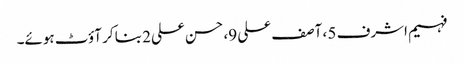
فہیم اشرف 5 ، آصف علی 9، حسن علی2 بنا کر آؤٹ ہوئے۔